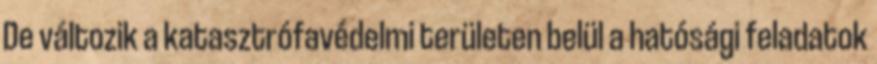
De változik a katasztrófavédelmi területen belül a hatósági feladatok